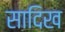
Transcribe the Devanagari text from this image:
सादिख